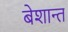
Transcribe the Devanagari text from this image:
बेशान्त